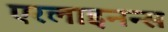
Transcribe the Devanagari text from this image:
एरलाइनन्स